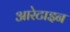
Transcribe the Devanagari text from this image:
आरेटाइन